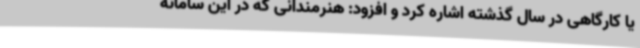
یا کارگاهی در سال گذشته اشاره کرد و افزود: هنرمندانی که در این سامانه